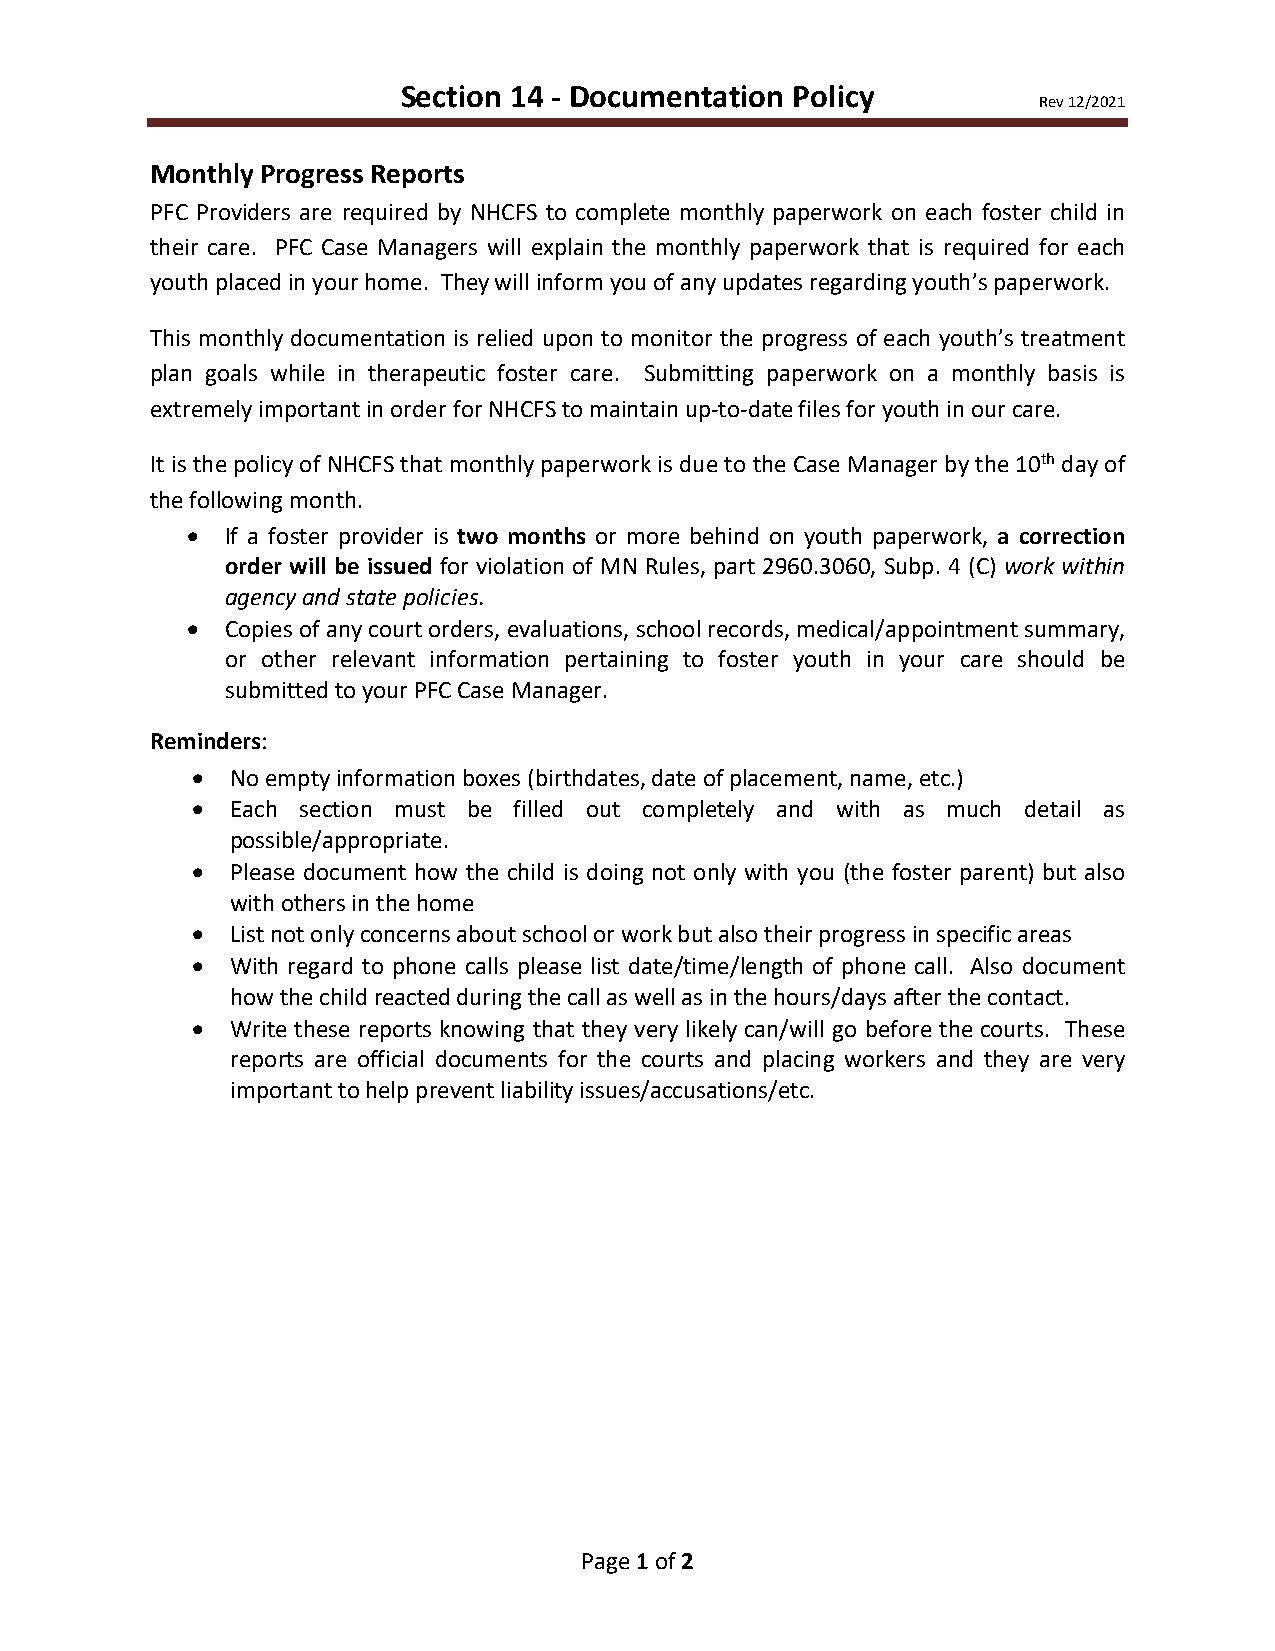
Section 14 - Documentation Policy
 Rev 12/2021
 Monthly Progress Reports
 PFC Providers are required by NHCFS to complete monthly paperwork on each foster child in
 their care. PFC Case Managers will explain the monthly paperwork that is required for each
 youth placed in your home. They will inform you of any updates regarding youth’s paperwork.
 This monthly documentation is relied upon to monitor the progress of each youth’s treatment
 plan goals while in therapeutic foster care. Submitting paperwork on a monthly basis is
 extremely important in order for NHCFS to maintain up-to-date files for youth in our care.
 It is the policy of NHCFS that monthly paperwork is due to the Case Manager by the 10th day of
 the following month.
 •  If a foster provider is two months or more behind on youth paperwork, a correction
 order will be issued for violation of MN Rules, part 2960.3060, Subp. 4 (C) work within
 agency and state policies.
 •  Copies of any court orders, evaluations, school records, medical/appointment summary,
 or other relevant information pertaining to foster youth in your care should be
 submitted to your PFC Case Manager.
 Reminders:
 • No empty information boxes (birthdates, date of placement, name, etc.)
 • Each section must be filled out completely and with as much detail as
 possible/appropriate.
 • Please document how the child is doing not only with you (the foster parent) but also
 with others in the home
 • List not only concerns about school or work but also their progress in specific areas
 • With regard to phone calls please list date/time/length of phone call. Also document
 how the child reacted during the call as well as in the hours/days after the contact.
 • Write these reports knowing that they very likely can/will go before the courts. These
 reports are official documents for the courts and placing workers and they are very
 important to help prevent liability issues/accusations/etc.
 Page 1 of 2